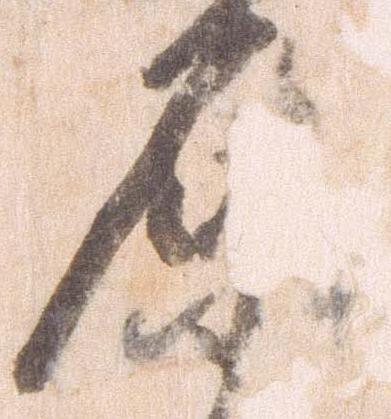
原